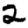
Digit: 2